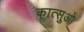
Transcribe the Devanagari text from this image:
कात्सुओ